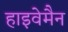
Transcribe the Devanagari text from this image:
हाइवेमैन